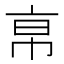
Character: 𢂚